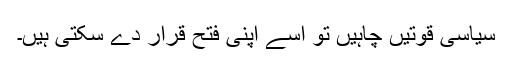
سیاسی قوتیں چاہیں تو اسے اپنی فتح قرار دے سکتی ہیں۔